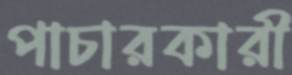
পাচারকারী